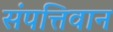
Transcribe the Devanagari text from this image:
संपत्तिवान